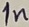
Text: 1n